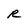
Character: R